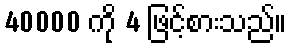
40000 ကို 4 ဖြင့်စားသည်။